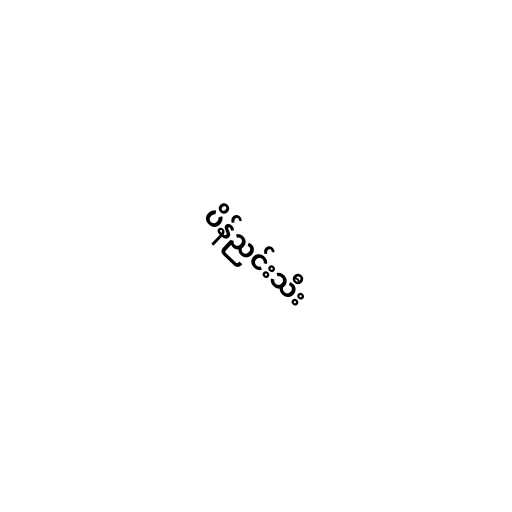
ပိန်ညင်းသီး